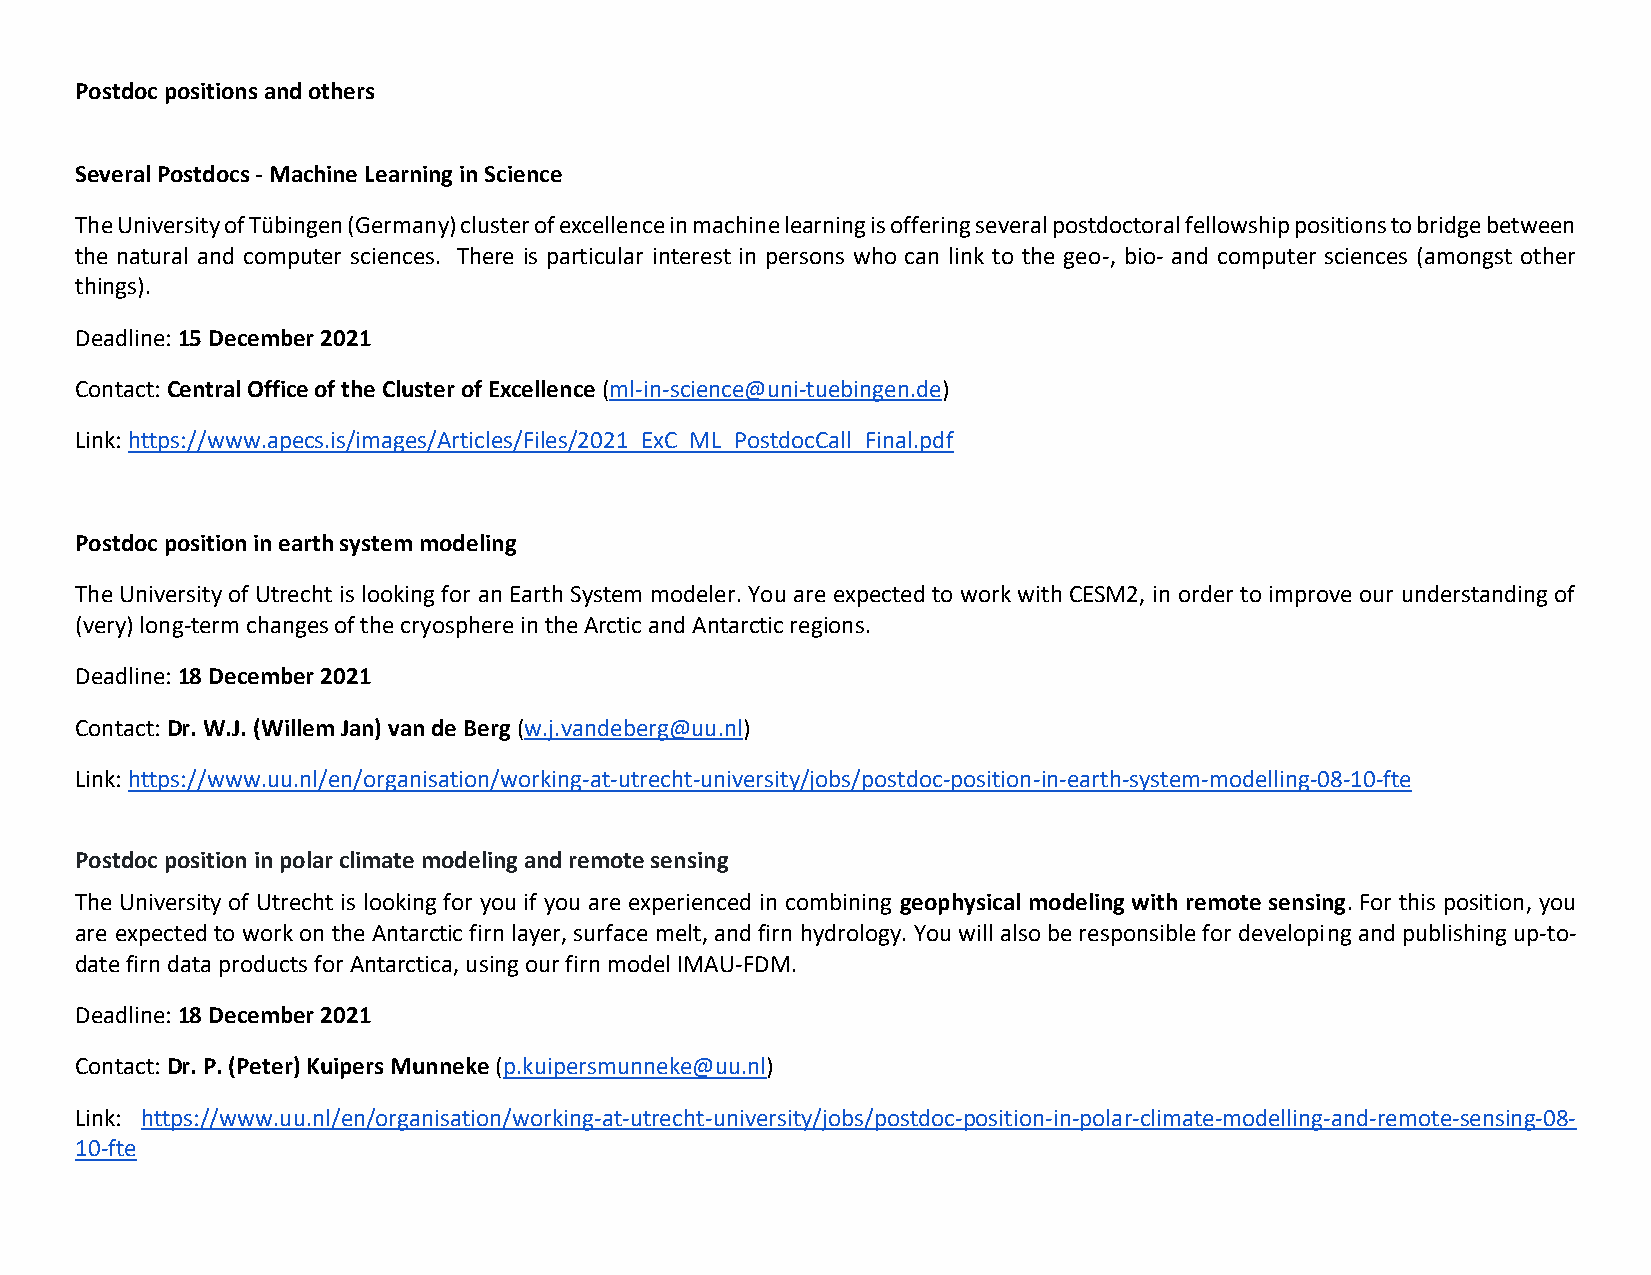
Postdoc positions and others
 Several Postdocs - Machine Learning in Science
 The University of Tübingen (Germany) cluster of excellence in machine learning is offering several postdoctoral fellowship positions to bridge between
 the natural and computer sciences. There is particular interest in persons who can link to the geo-, bio- and computer sciences (amongst other
 things).
 Deadline: 15 December 2021
 Contact: Central Office of the Cluster of Excellence (ml-in-science@uni-tuebingen.de)
 Link: https://www.apecs.is/images/Articles/Files/2021_ExC_ML_PostdocCall_Final.pdf
 Postdoc position in earth system modeling
 The University of Utrecht is looking for an Earth System modeler. You are expected to work with CESM2, in order to improve our understanding of
 (very) long-term changes of the cryosphere in the Arctic and Antarctic regions.
 Deadline: 18 December 2021
 Contact: Dr. W.J. (Willem Jan) van de Berg (w.j.vandeberg@uu.nl)
 Link: https://www.uu.nl/en/organisation/working-at-utrecht-university/jobs/postdoc-position-in-earth-system-modelling-08-10-fte
 Postdoc position in polar climate modeling and remote sensing
 The University of Utrecht is looking for you if you are experienced in combining geophysical modeling with remote sensing. For this position, you
 are expected to work on the Antarctic firn layer, surface melt, and firn hydrology. You will also be responsible for developing and publishing up-to-
 date firn data products for Antarctica, using our firn model IMAU-FDM.
 Deadline: 18 December 2021
 Contact: Dr. P. (Peter) Kuipers Munneke (p.kuipersmunneke@uu.nl)
 Link: https://www.uu.nl/en/organisation/working-at-utrecht-university/jobs/postdoc-position-in-polar-climate-modelling-and-remote-sensing-08-
 10-fte